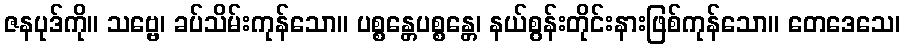
ဇနပုဒ်ကို။ သဗ္ဗေ၊ ခပ်သိမ်းကုန်သော။ ပစ္စန္တေပစ္စန္တေ၊ နယ်စွန်းတိုင်းနားဖြစ်ကုန်သော။ တေဒေသေ၊